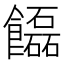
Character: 𩟬